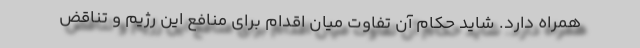
همراه دارد. شاید حکام آن تفاوت میان اقدام برای منافع این رژیم و تناقض